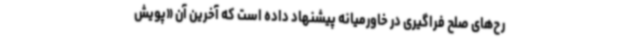
رح‌های صلح فراگیری در خاورمیانه پیشنهاد داده است که آخرین آن «پویش